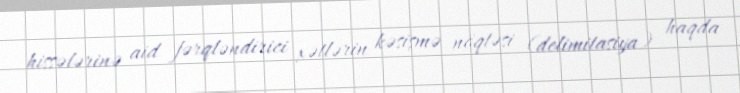
hissələrinə aid fərqləndirici xətlərin kəsişmə nöqtəsi (delimitasiya) haqda